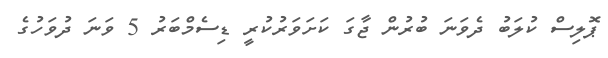
ޕޮލިސް ކުލަބު ދެވަނަ ބުރުން ޖާގަ ކަށަވަރުކުރީ ޑިސެމްބަރު 5 ވަނަ ދުވަހުގެ